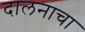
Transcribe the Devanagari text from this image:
दालनाचा